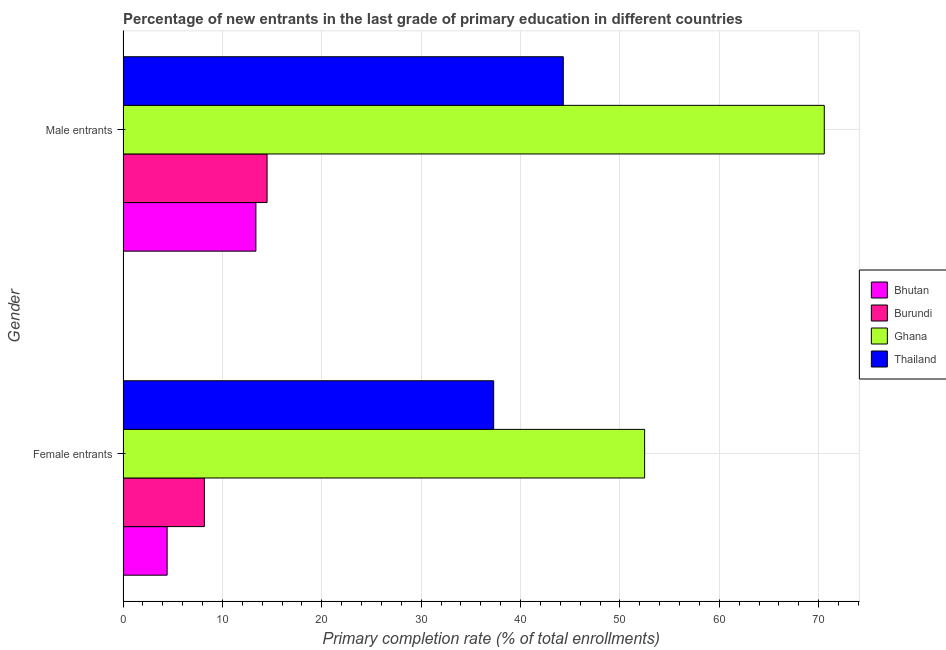
| Gender | Bhutan | Burundi | Ghana | Thailand |
 | --- | --- | --- | --- | --- |
 | Female entrants | 4.44 | 8.19 | 52.5 | 37.3 |
 | Male entrants | 13.4 | 14.5 | 70.6 | 44.3 |